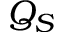
Q _ { S }